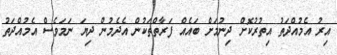
އިރު އެމުއްދަތު އިތުރުކޮށް ދިނުމަށް ބައެއް ފަރާތްތަކުން އެދެމުން ދިޔަ ނަމަވެސް އެމުއްދަތު